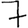
Digit: 7